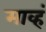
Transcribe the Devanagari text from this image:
माव्हं